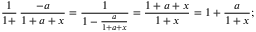
{ \frac { 1 } { 1 + } } \, { \frac { - a } { 1 + a + x } } = { \frac { 1 } { 1 - { \frac { a } { 1 + a + x } } } } = { \frac { 1 + a + x } { 1 + x } } = 1 + { \frac { a } { 1 + x } } ;